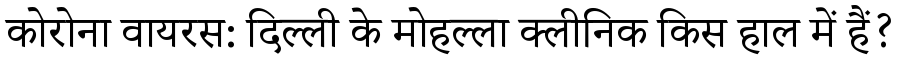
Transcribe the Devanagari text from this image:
कोरोना वायरस: दिल्ली के मोहल्ला क्लीनिक किस हाल में हैं?